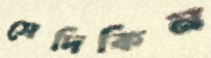
সেদিকিন